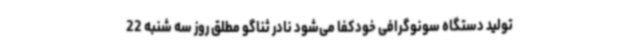
تولید دستگاه سونوگرافی خودکفا می‌شود نادر ثناگو مطلق روز سه شنبه 22